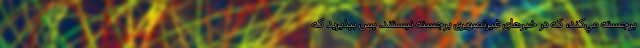
برجسته مي‌كند، که در خبرهای غیرتصویری برجسته نیستند. پس بپذيريد كه